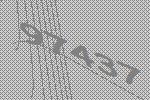
97437